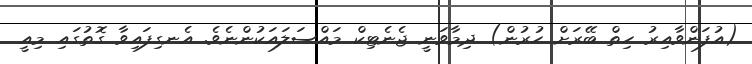
(އުފަންވާއިރު ހިތް ބޭރަށް ހުރުން) ދިމާވަނީ ޖެނެޓިކް މައްސަލައަކުންނެވެ. އެނގިފައިވާ ގޮތުގައި މިއީ